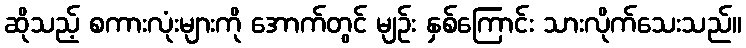
ဆိုသည့် စကားလုံးများကို အောက်တွင် မျဉ်း နှစ်ကြောင်း သားလိုက်သေးသည်။